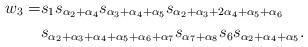
LaTeX: \begin{align*} w_3 = & s_1 s_{\alpha_2 + \alpha_4} s_{\alpha_3 + \alpha_4 + \alpha_5} s_{\alpha_2 + \alpha_3 + 2\alpha_4 + \alpha_5 + \alpha_6} \\ & s_{\alpha_2 + \alpha_3 + \alpha_4 + \alpha_5 +\alpha_6 + \alpha_7} s_{\alpha_7 + \alpha_8} s_6 s_{\alpha_2 + \alpha_4 + \alpha_5}. \end{align*}